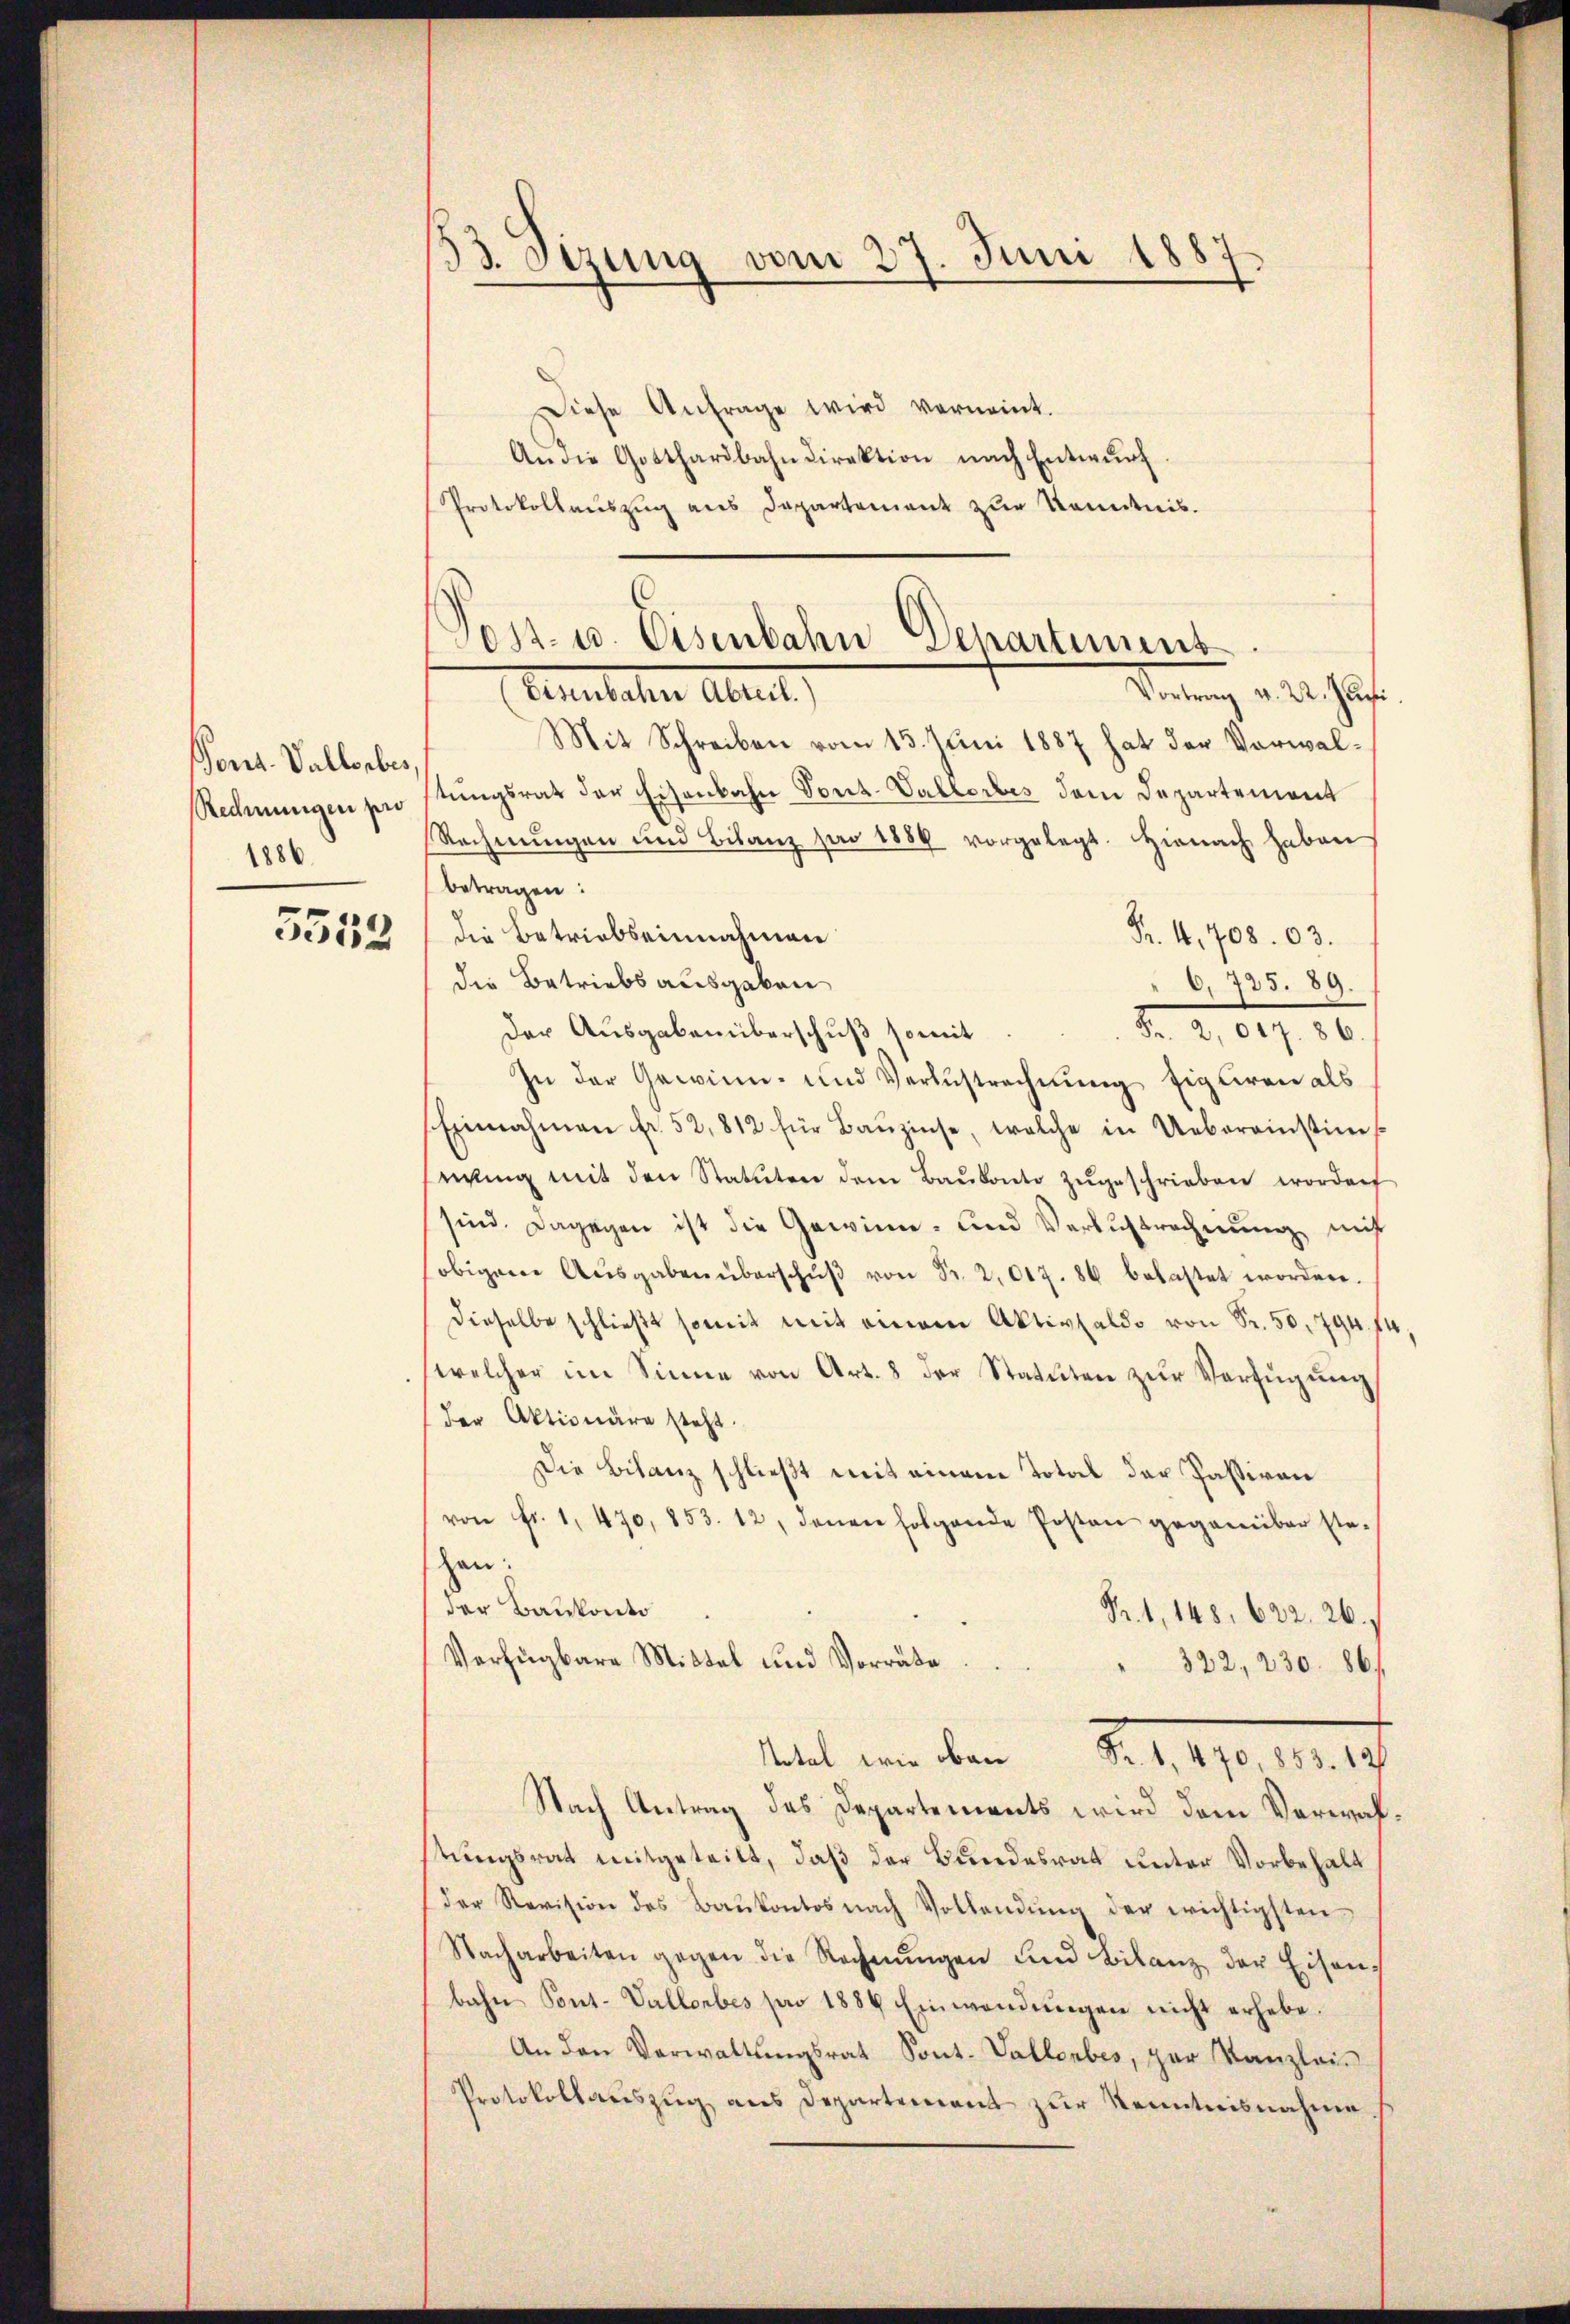
Pont. Vallorbes
Rechnungen pr
1886

5552

Diese Anfrage wird verneint.
An die Gotthardbahndirektion nach Entwurf
Protokollauszug aus Departement zur Kenntnis.

33. Sizung vom 27. Juni 1887

Post- u. Eisenbahn Departiment
Vartung v. 24. Jul.
Aenelcher Abrut

Mit Schreiben vom 13. Juni 1887 hat der Vorwalstungsrat der Eisenbahn Tonz-Vallerbes dem Departement
Rechnŭngen und Bilanz pro 1889 vorgelegt. Hienach haben
betragen:
die Betriebseinnahmen
Fr. 4, 408. 03.
die Betriebsausgaben
 6, 725. 89.
der Ausgaben überschuß somit
D. 2. 619. 10.
Zu der Gewinn- und Verzustrechnung figliren als
Einnahmen fr. 52,812 für Baŭzinse, welche in Uebereinstim-
wing mit den Statuten dem Baŭkonto zŭgeschrieben worden
sind. Dagegen ist die Gewinn- und Verlustrechnung nicht
(obigen Aŭsgaben überschŭβ von Fr. 2,017. 86 belastet worden.
dieselbe schließt somit mit einem Aktivsaldo von Sr. 50, 794. 14
welcher im Sinne von Art. 8 der Statuten zŭr Verfügŭng
der Aktionäre steht.
Die Bilanz schließt mit einem Total der Passiven
von Fr. 1. 470, 853. 12, denen folgende Posten gegenüber ste-
han:
der Bankonto
Fr. 1, 148. 622. 26.
Verfügbare Mittel und Vorräte
322, 230. 861
kett von den S. 1190, 11
Nach Antrag des Departements wird dem Verwahstungsrat mitgeteilt, daß der Bundesrat unter Vorbehalt
der Revision des Baŭkontos nach Vollendŭng der wichtigsten
Nacharbeiten gegen die Rechnŭngen und Bilanz der Eisen-
bahn Pont. Vallorbes pro 1884 Einwendŭngen nicht erhebe.
An den Verwaltungsrat Sont. Vallenbes, zur Kanzleis
Protokollauszug aus Departement zur Kenntnisnahme